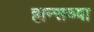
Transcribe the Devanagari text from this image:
हान्सच्या